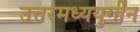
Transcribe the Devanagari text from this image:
उत्तरमध्ययुगीन